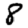
Digit: 8